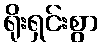
ရိုးရှင်းစွာ